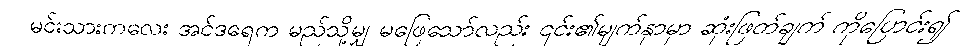
မင်းသားကလေး အင်ဒရေက မည်သို့မျှ မဖြေသော်လည်း ၎င်း၏မျက်နှာမှာ ဆုံးဖြတ်ချက် ကိုပြောင်း၍